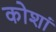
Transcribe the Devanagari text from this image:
कोशां